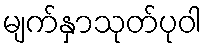
မျက်နှာသုတ်ပုဝါ